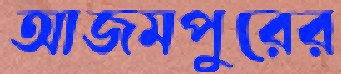
আজমপুরের